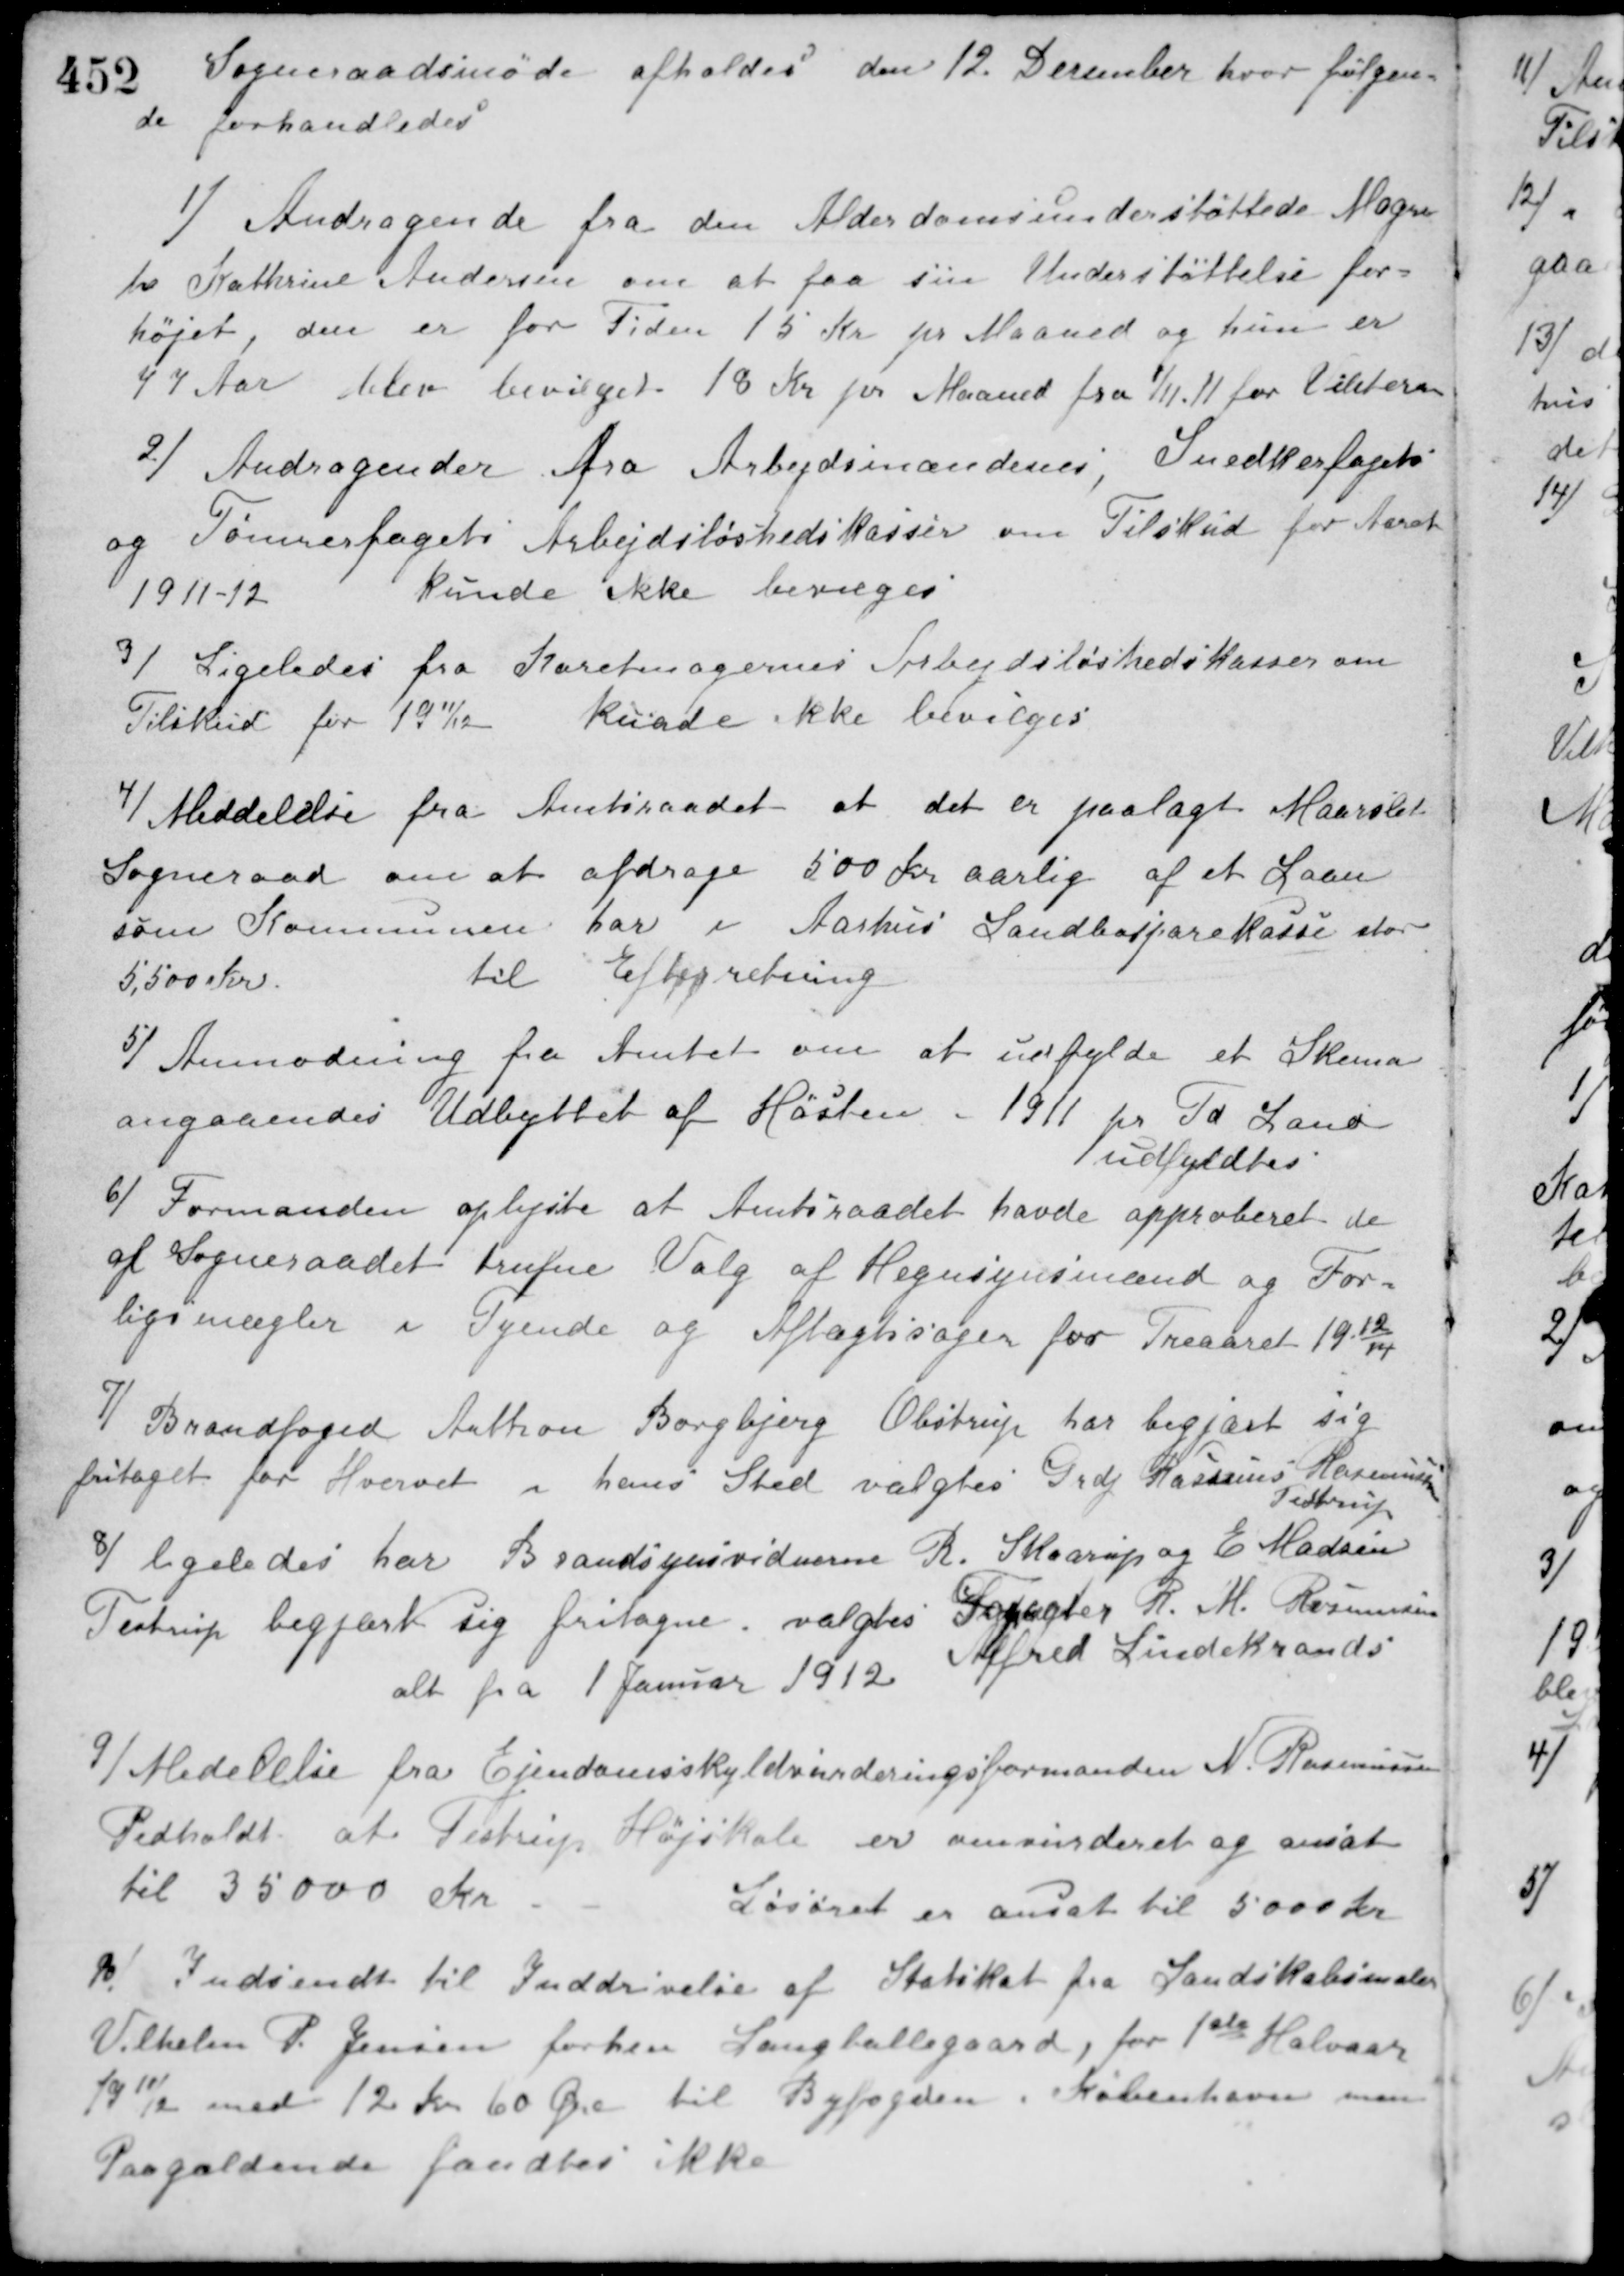
Transskription:
Sogneraadsmøde afholdes den 12. December hvor følgen-
de forhandledes
1/ Andragende fra den Alderdomsunderstøttede Magre-
te Kathrine Andersen om at faa sin Understøttelse for-
højet, den er for Tiden 15 Kr. pr. Maaned og hun er
77 Aar blev bevilget 18 Kr. pr. Maaned fra 1/11 11 for Vinteren.
2/ Andragender fra Arbejdsmændenes, Snedkerfagets
og Tømrerfagets Arbejdsløshedskasser om Tilskud for Aaret
1911-12
kunde ikke bevilges.
3/ Ligeledes fra Karetmagernes Arbejdsløshedskasser om
Tilskud for 1911/12.
kunde ikke bevilges.
4/ Meddelelse fra Amtsraadet at det er paalagt Maarslet
Sogneraad om at afdrage 500 Kr. aarlig af et Laan
som Kommunen har i Aarhus Landbosparekasse stor
5.500 Kr.
til Efterretning.
5/ Anmodning fra Amtet om at udfylde et Skema
angaaendes Udbyttet af Høsten - 1911 pr. Td. Land.
udfyldtes.
6/ Formanden oplyste at Amtsraadet havde approberet de
af Sogneraadet trufne Valg af Hegnsynsmænd og For-
ligsmægler i Tyende og Aftægtssager for Treaaret 19 12/14.
7/ Brandfoged Anthon Borgbjerg Obstrup har begjært sig
fritaget for Hvervet i hans Sted valgtes Grdj. Rasmus Rasmussen
Testrup.
8/ ligeledes har Brandsynsvidnerne R. Skaarup og E. Madsen
Testrup begjært sig fritagne. valgtes Forpagter R. M. Rasmussen
Alfred Lindekrands
alt fra 1 Januar 1912.
9/ Medelelse fra Ejendomsskyldvurderingsformanden N. Rasmussen
Pedholdt at Testrup Højskole er omvurderet og ansat
til 35000 Kr.
Løsøret er ansat til 5000 Kr.
10/ Indsendt til Inddrivelse af Statskat fra Landskabsmaler
Vilhelm P. Jensen forhen Langballegaard, for 1ste Halvaar
1911/12 med 12 Kr. 60 Øre til Byfogden i København men
Paagældende fandtes ikke.